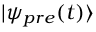
| \psi _ { p r e } ( t ) \rangle